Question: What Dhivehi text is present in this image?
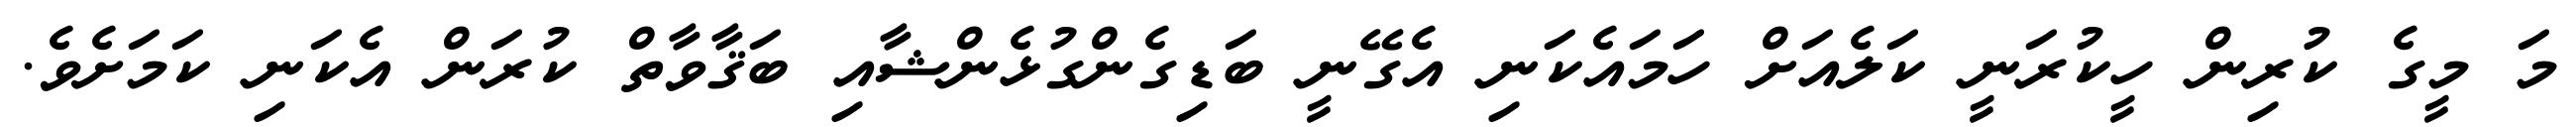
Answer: މަ މީގެ ކުރިން ހީކުރަނީ ކަލެއަށް ހަމައެކަނި އެގޭނީ ބަޑިގެންގުޅެންޝާއި ބަޤާވާތް ކުރަން އެކަނި ކަމަށެވެ.